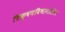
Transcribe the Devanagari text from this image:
शिक्षणविभागातील